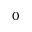
0